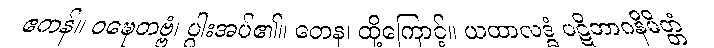
ဧကန်။ ဝဍ္ဎေတဗ္ဗံ၊ ပွါးအပ်၏။ တေန၊ ထို့ကြောင့်။ ယထာလဒ္ဓံ ပဋိဘာဂနိမိတ္တံ